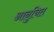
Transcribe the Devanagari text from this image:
आनुचित